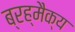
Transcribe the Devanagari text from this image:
ब्रह्मैक्य